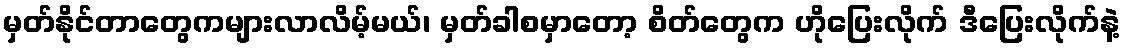
မှတ်နိုင်တာတွေကများလာလိမ့်မယ်၊ မှတ်ခါစမှာတော့ စိတ်တွေက ဟိုပြေးလိုက် ဒီပြေးလိုက်နဲ့